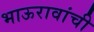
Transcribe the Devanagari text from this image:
भाऊरावांची